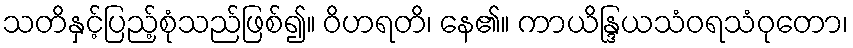
သတိနှင့်ပြည့်စုံသည်ဖြစ်၍။ ဝိဟရတိ၊ နေ၏။ ကာယိန္ဒြယသံဝရသံဝုတော၊